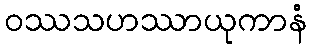
ဝဿသဟဿာယုကာနံ